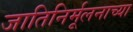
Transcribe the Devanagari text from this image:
जातिनिर्मूलनाच्या